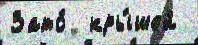
Зато́  кры́шей